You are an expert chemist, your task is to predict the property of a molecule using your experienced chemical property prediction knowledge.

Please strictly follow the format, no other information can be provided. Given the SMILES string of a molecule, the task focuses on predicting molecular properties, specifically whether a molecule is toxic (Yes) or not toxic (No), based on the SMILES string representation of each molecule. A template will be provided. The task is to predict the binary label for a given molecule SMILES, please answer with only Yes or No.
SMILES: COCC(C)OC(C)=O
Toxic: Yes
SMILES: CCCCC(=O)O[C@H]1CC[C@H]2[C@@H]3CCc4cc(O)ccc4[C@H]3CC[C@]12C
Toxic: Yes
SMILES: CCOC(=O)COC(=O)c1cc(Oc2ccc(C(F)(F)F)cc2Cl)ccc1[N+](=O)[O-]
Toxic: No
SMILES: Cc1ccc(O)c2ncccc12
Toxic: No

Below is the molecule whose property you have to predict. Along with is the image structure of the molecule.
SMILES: CC(Cc1ccc(O)c(O)c1)C(C)Cc1ccc(O)c(O)c1
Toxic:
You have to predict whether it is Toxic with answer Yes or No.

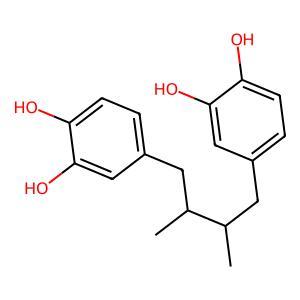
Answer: No